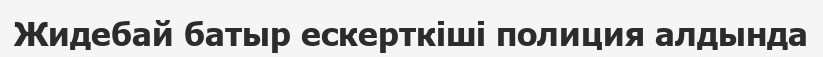
Жидебай батыр ескерткіші полиция алдында